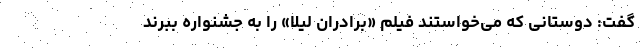
گفت: دوستانی که می‌خواستند فیلم «برادران لیلا» را به جشنواره ببرند